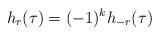
LaTeX: \begin{align*}h_{r}(\tau) = (-1)^k h_{-r}(\tau)\end{align*}